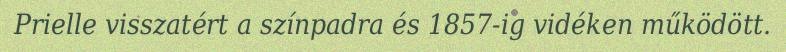
Prielle visszatért a színpadra és 1857-ig vidéken működött.